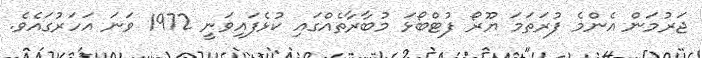
ޖަރުމަން އެންމެ ފުރަތަމަ ޔޫރޯ ފުޓްބޯޅަ މުބާރާތެއްގައި ކުޅެފައިވަނީ 1972 ވަނަ އަހަރުގައެވެ.